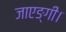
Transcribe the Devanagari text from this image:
जाएङ्गी।